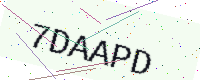
Text: 7DAAPD